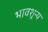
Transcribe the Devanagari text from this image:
भावशून्‍य